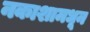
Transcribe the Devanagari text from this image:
नकाशामधून